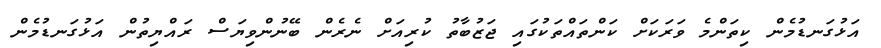
އަޅުގަނޑުމެން ކިތަންމެ ވަރަކަށް ކަންތައްތަކުގައި ޖަޒުބާތު ކުރިއަށް ނެރެން ބޭނުންވިޔަސް ރައްޔިތުން އަޅުގަނޑުމެން